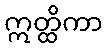
ဣတ္ထိကာ